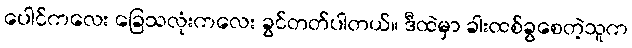
ပေါင်ကလေး ခြေသလုံးကလေး ခွင်တတ်ပါတယ်။ ဒီထဲမှာ ခါးထစ်ခွစေတဲ့သူက